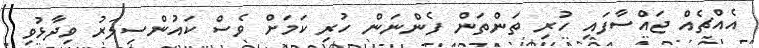
އެއްޗެއް ޖައްސާފައި ހުރި ތަންތަން ފެންނަން ހުރި ކަމަށް ވެސް ކައުންސިލަރު ވިދާޅުވި